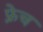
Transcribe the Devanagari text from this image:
फ़्रेच